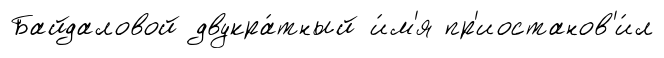
Байдаловой двукра́тный и́м'я пр'иостанов'и́л